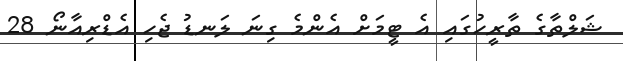
ޝަލްތާގެ ތާރީހުގައި އެ ޓީމަށް އެންމެ ގިނަ ލަނޑު ޖެހި އެޑްރިއާނޯ 28